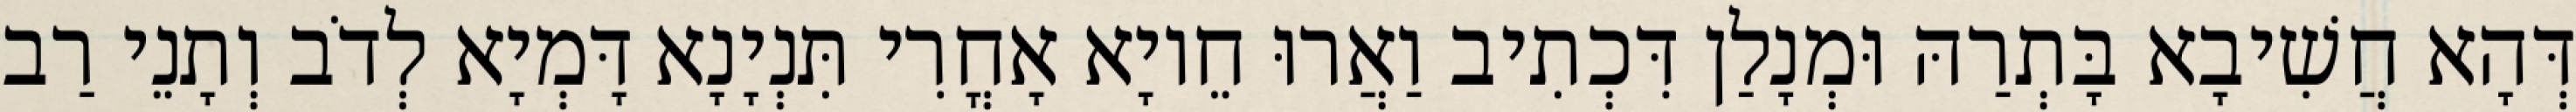
דְּהָא חֲשִׁיבָא בָּתְרַהּ וּמְנָלַן דִּכְתִיב וַאֲרוּ חֵיוָא אָחֳרִי תִּנְיָנָא דָּמְיָא לְדֹב וְתָנֵי רַב